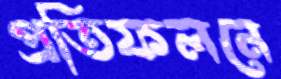
প্রতিফলনে